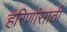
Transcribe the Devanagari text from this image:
हरिणांसाठी